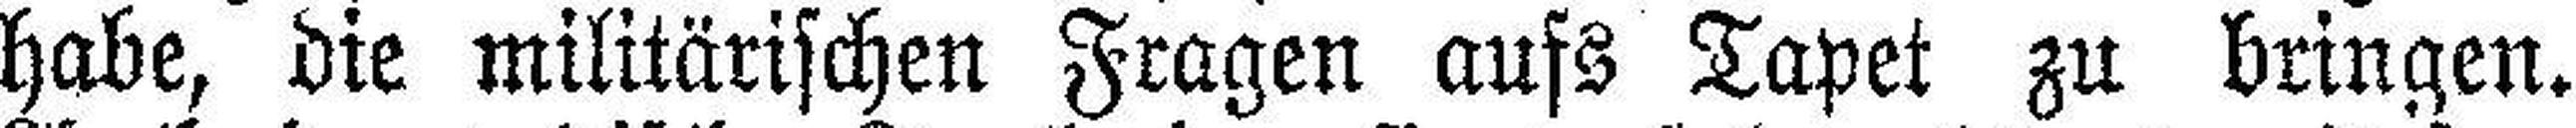
habe, die militärischen Fragen aufs Tapet zu bringen.